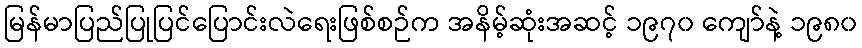
မြန်မာပြည်ပြုပြင်ပြောင်းလဲရေးဖြစ်စဉ်က အနိမ့်ဆုံးအဆင့် ၁၉၇၀ ကျော်နဲ့ ၁၉၈၀